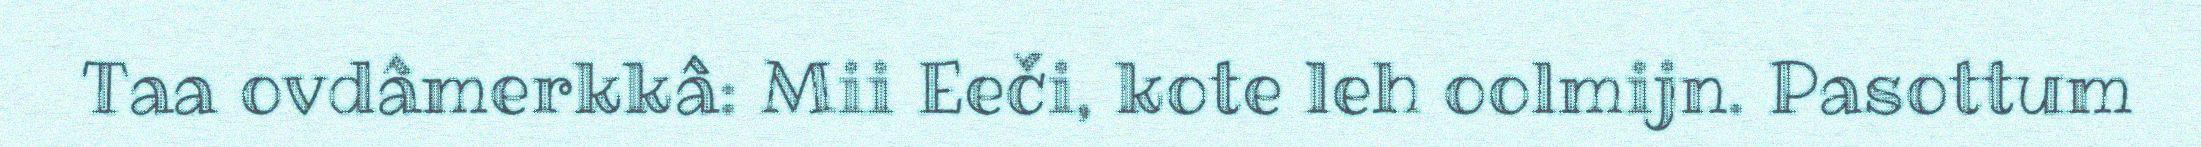
Taa ovdâmerkkâ: Mii Eeči, kote leh oolmijn. Pasottum